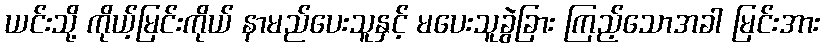
ယင်းသို့ ကိုယ့်မြင်းကိုယ် နာမည်ပေးသူနှင့် မပေးသူခွဲခြား ကြည့်သောအခါ မြင်းအား